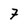
Character: 7